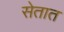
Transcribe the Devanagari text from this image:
सेतात